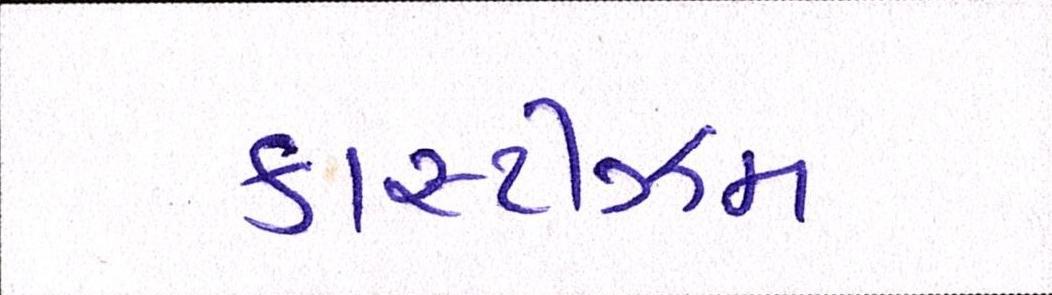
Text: કાસ્ટીઝમ